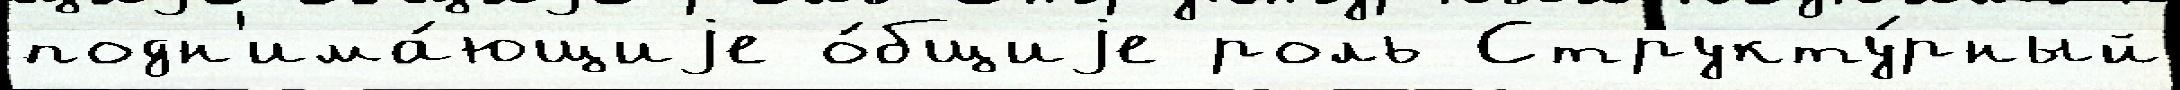
подн'има́ющиjе о́бщиjе роль Структу́рный